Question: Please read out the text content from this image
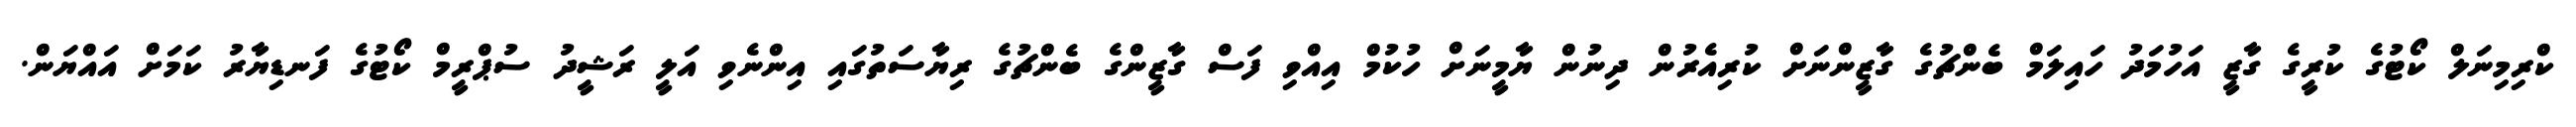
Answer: ކްރިމިނަލް ކޯޓުގެ ކުރީގެ ގާޒީ އަހުމަދު ހައިލަމް ބެންޗުގެ ގާޒީންނަށް ކުރިއެރުން ދިނުން ޔާމީނަށް ހުކުމް އިއްވި ފަސް ގާޒީންގެ ބެންޗުގެ ރިޔާސަތުގައި އިންނެވި އަލީ ރަޝީދު ސުޕްރީމް ކޯޓުގެ ފަނޑިޔާރު ކަމަށް އައްޔަން.